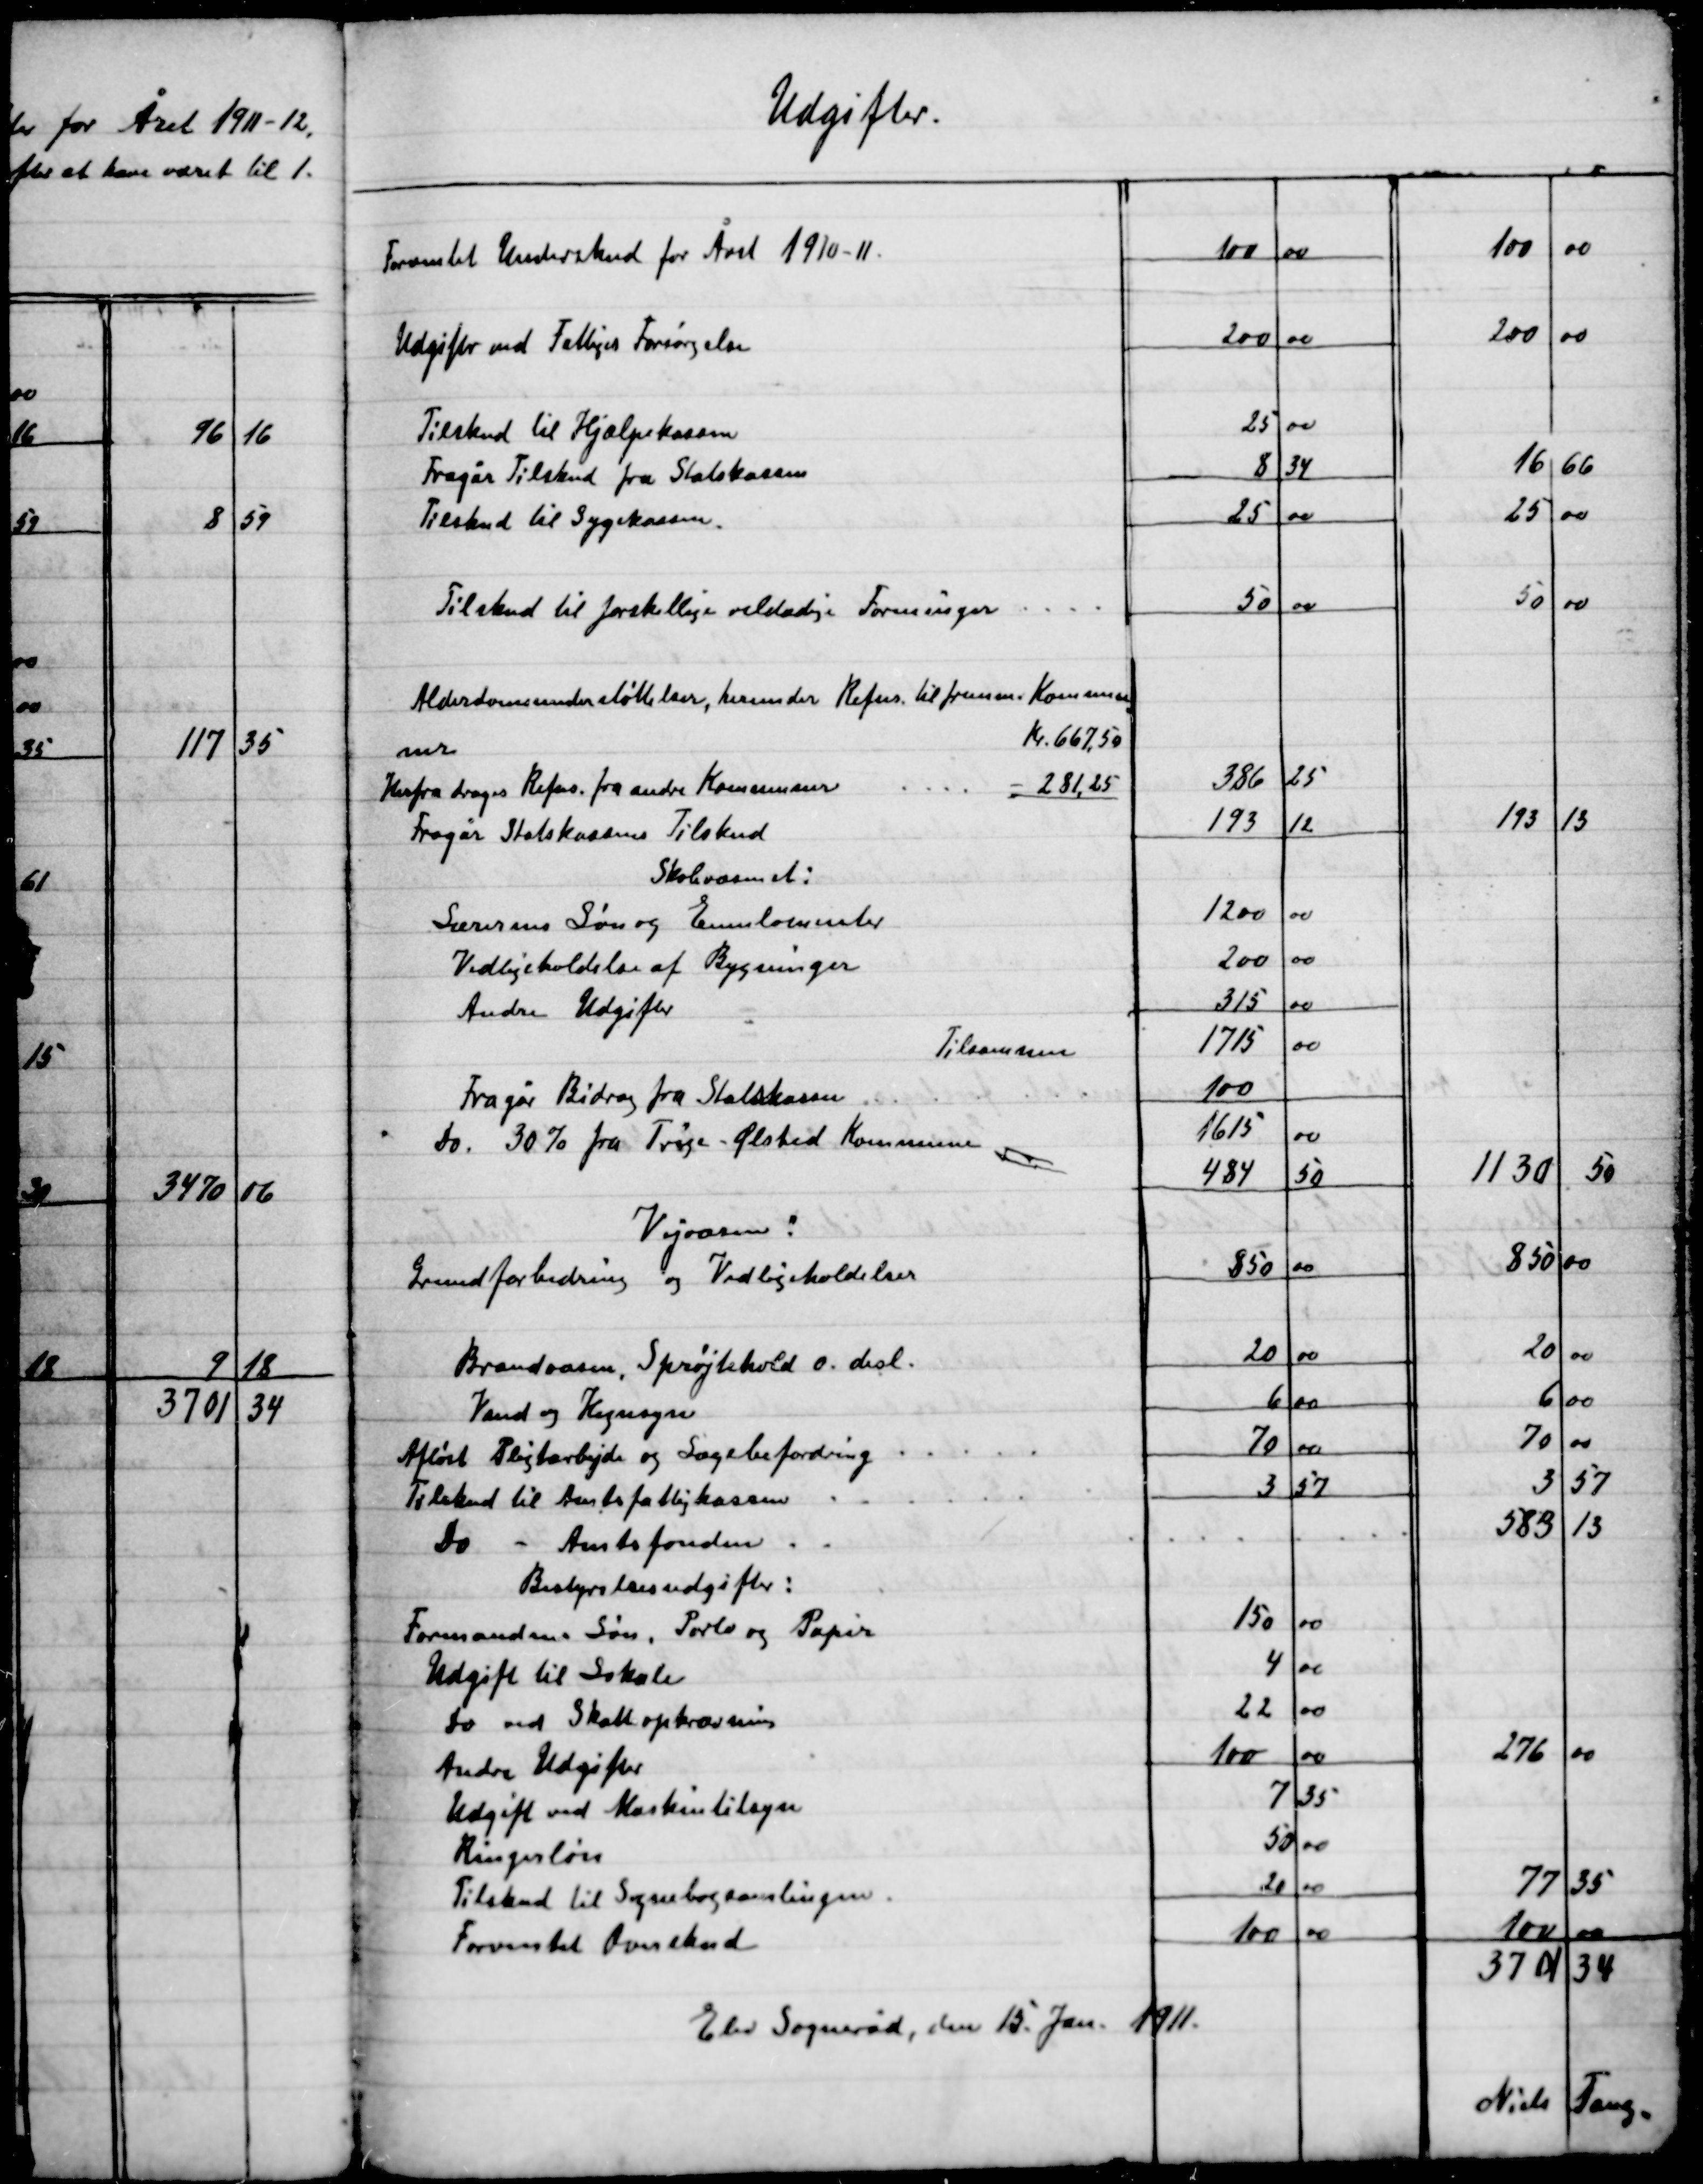
Transskription:
Elev Sogneråd, den 15. Jan. 1911.

Niels Tang.